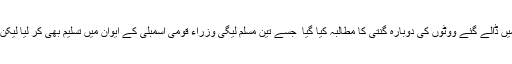
پھر اُن کی طرف سے چار انتخابی حلقوں میں ڈالے گئے ووٹوں کی دوبارہ گنتی کا مطالبہ کِیا گیا ٗ جِسے تین مسلم لیگی وزراء قومی اسمبلی کے ایوان میں تسلیم بھی کر لیا لیکن اِس وعدے کو نبھانے میں دیر لگائی گئی۔